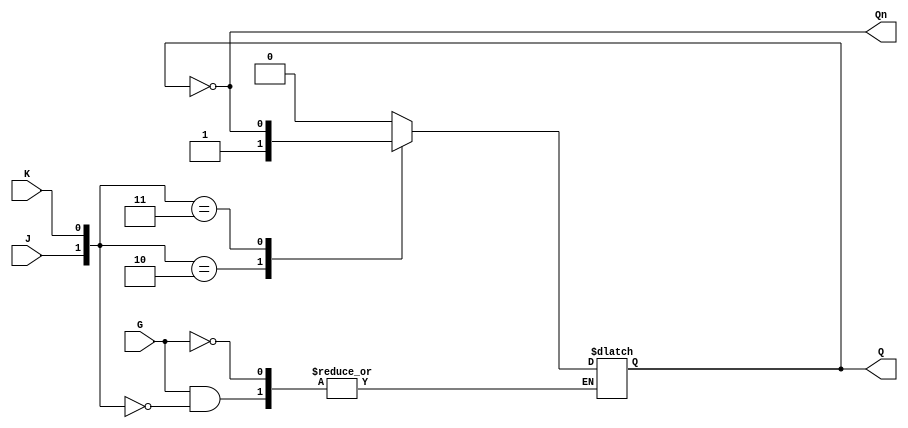
module GatedJKLatch (
    input wire J,      // Set input
    input wire K,      // Reset input
    input wire G,      // Enable input
    output reg Q,      // Main output
    output wire Qn     // Complementary output
);

    assign Qn = ~Q;    // Complementary output

    always @(*) begin
        if (G) begin
            case ({J, K})
                2'b00: Q <= Q;       // Hold state
                2'b01: Q <= 1'b0;    // Reset state
                2'b10: Q <= 1'b1;    // Set state
                2'b11: Q <= ~Q;      // Toggle state
                default: Q <= Q;     // Hold state (default case)
            endcase
        end
        // If G is low, the latch holds its state
    end

endmodule